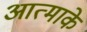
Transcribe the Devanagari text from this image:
आत्माके